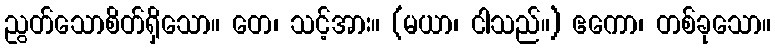
ညွတ်သောစိတ်ရှိသော။ တေ၊ သင့်အား။ (မယာ၊ ငါသည်။) ဧကော၊ တစ်ခုသော။